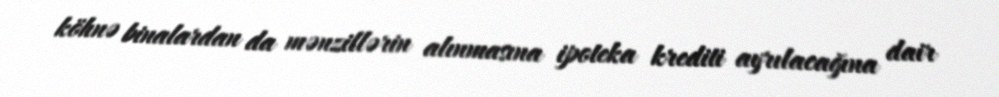
köhnə binalardan da mənzillərin alınmasına ipoteka krediti ayrılacağına dair